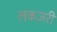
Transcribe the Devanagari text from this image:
लकज़री